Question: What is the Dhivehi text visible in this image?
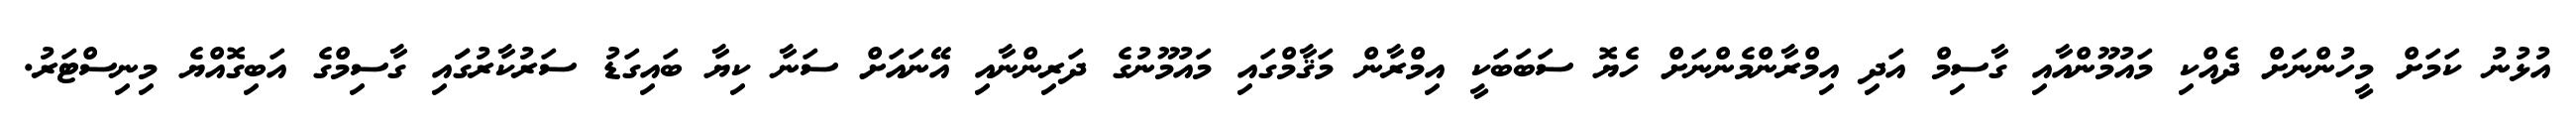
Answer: އުޅުނު ކަމަށް މީހުންނަށް ދެއްކި މައުމޫންއާއި ގާސިމް އަދި އިމްރާންމެންނަށް ހެޔޮ ސަބަބަކީ އިމްރާން މަޤާމްގައި މައުމޫނުގެ ދަރިންނާއި އޭނައަށް ސަނާ ކިޔާ ބައިގަޑު ސަރުކާރުގަައި ގާސިމްގެ އަބިގޮއްޔެ މިނިސްޓަރު.